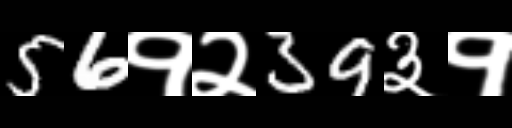
Text: 56१२39३१